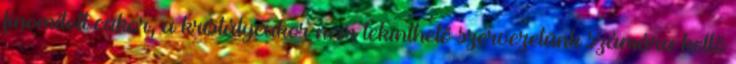
finomított cukor, a kristálycukor nem tekinthető szervezetünk számára kellő